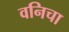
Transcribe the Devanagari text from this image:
वनिचा